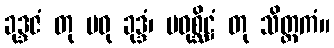
ခုဒ္ဒဇံ တု မဓု ခုဒ္ဒံ၊ မဓုစ္ဆိဋ္ဌံ တု သိတ္ထကံ။